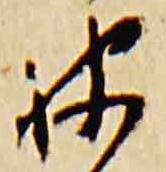
被